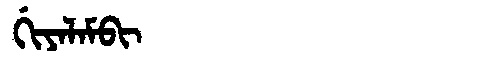
Manchu: ᡤᡳᠶᠠᠯᠠᠮᠪᡳ
Romanization: GIYALAMBI